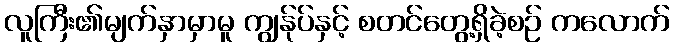
လူကြီး၏မျက်နှာမှာမူ ကျွန်ုပ်နှင့် စတင်တွေ့ရှိခဲ့စဉ် ကလောက်